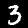
Label: 3